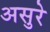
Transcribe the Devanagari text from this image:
असुरे